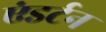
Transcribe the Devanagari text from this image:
एंडर्टन